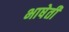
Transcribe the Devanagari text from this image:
भाषेती